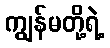
ကျွန်မတို့ရဲ့